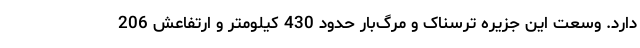
دارد. وسعت این جزیره ترسناک و مرگ‌بار حدود 430 کیلومتر و ارتفاعش 206